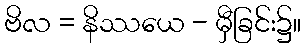
ဗိလ = နိဿယေ - မှီခြင်း၌။